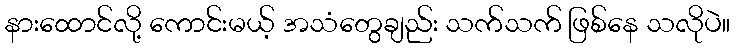
နားထောင်လို့ ကောင်းမယ့် အသံတွေချည်း သက်သက် ဖြစ်နေ သလိုပဲ။